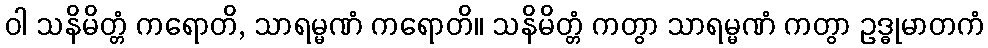
ဝါ သနိမိတ္တံ ကရောတိ, သာရမ္မဏံ ကရောတိ။ သနိမိတ္တံ ကတွာ သာရမ္မဏံ ကတွာ ဥဒ္ဓုမာတကံ